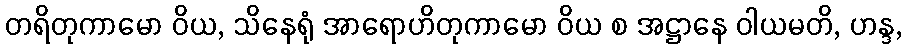
တရိတုကာမော ဝိယ, သိနေရုံ အာရောဟိတုကာမော ဝိယ စ အဋ္ဌာနေ ဝါယမတိ, ဟန္ဒ,